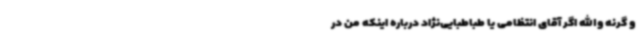
و گرنه والله اگر آقای انتظامی یا طباطبایی‌نژاد درباره اینکه من در